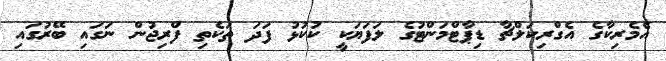
އެމެރިކާގެ އެގްރިކަލްޗާ ޑިޕާޓްމަންޓުގެ ލަފަޔަކީ ކުކުޅު ފަދަ ތަކެތި ފްރިޖުން ނަގައި ބޭރުގައި